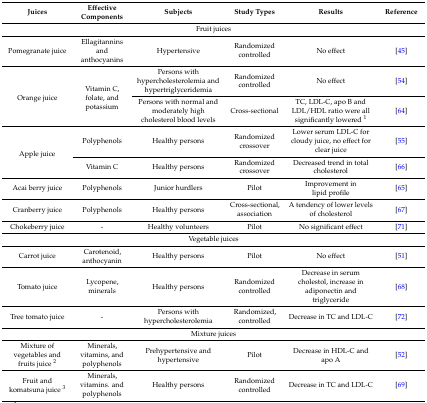
<table><thead><tr><td><b>Juices </b></td><td><b>Effective Components</b></td><td><b>Subjects</b></td><td><b>Study Types</b></td><td><b>Results</b></td><td><b>Reference</b></td></tr></thead><tbody><tr><td colspan="6">Fruit juices</td></tr><tr><td>Pomegranate juice</td><td>Ellagitannins and anthocyanins</td><td>Hypertensive</td><td>Randomized controlled</td><td>No effect</td><td>[45]</td></tr><tr><td rowspan="2">Orange juice</td><td rowspan="2">Vitamin C, folate, and potassium</td><td>Persons with hypercholesterolemia and hypertriglyceridemia</td><td>Randomized controlled</td><td>No effect</td><td>[54]</td></tr><tr><td>Persons with normal and moderately high cholesterol blood levels</td><td>Cross-sectional</td><td>TC, LDL-C, apo B and LDL/HDL ratio were all significantly lowered <sup>1</sup></td><td>[64]</td></tr><tr><td rowspan="2">Apple juice</td><td>Polyphenols</td><td>Healthy persons</td><td>Randomized crossover</td><td>Lower serum LDL-C for cloudy juice, no effect for clear juice</td><td>[55]</td></tr><tr><td>Vitamin C</td><td>Healthy persons</td><td>Randomized crossover</td><td>Decreased trend in total cholesterol</td><td>[66]</td></tr><tr><td>Acai berry juice</td><td>Polyphenols</td><td>Junior hurdlers</td><td>Pilot</td><td>Improvement in lipid profile</td><td>[65]</td></tr><tr><td>Cranberry juice</td><td>Polyphenols</td><td>Healthy persons</td><td>Cross-sectional, association</td><td>A tendency of lower levels of cholesterol</td><td>[67]</td></tr><tr><td>Chokeberry juice</td><td>-</td><td>Healthy volunteers</td><td>Pilot</td><td>No significant effect</td><td>[71]</td></tr><tr><td colspan="6">Vegetable juices</td></tr><tr><td>Carrot juice</td><td>Carotenoid, anthocyanin</td><td>Healthy persons</td><td>Pilot</td><td>No effect</td><td>[51]</td></tr><tr><td>Tomato juice</td><td>Lycopene, minerals</td><td>Healthy persons</td><td>Randomized controlled</td><td>Decrease in serum cholestol, increase in adiponectin and triglyceride</td><td>[68]</td></tr><tr><td>Tree tomato juice</td><td>-</td><td>Persons with hypercholesterolemia</td><td>Randomized, controlled</td><td>Decrease in TC and LDL-C</td><td>[72]</td></tr><tr><td colspan="6">Mixture juices</td></tr><tr><td>Mixture of vegetables and fruits juice <sup>2</sup></td><td>Minerals, vitamins, and polyphenols</td><td>Prehypertensive and hypertensive</td><td>Pilot</td><td>Decrease in HDL-C and apo A</td><td>[52]</td></tr><tr><td>Fruit and komatsuna juice <sup>3</sup></td><td>Minerals, vitamins. and polyphenols</td><td>Healthy persons</td><td>Randomized controlled</td><td>Decrease in TC and LDL-C</td><td>[69]</td></tr></tbody></table>